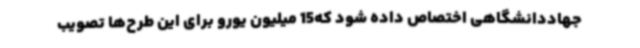
جهاددانشگاهی اختصاص داده شود که15 میلیون یورو برای این طرح‌ها تصویب